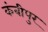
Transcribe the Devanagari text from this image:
कंबीपुर